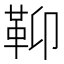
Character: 䩕